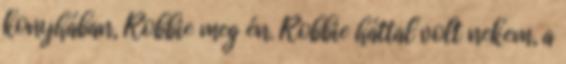
konyhában, Robbie meg én. Robbie háttal volt nekem, a